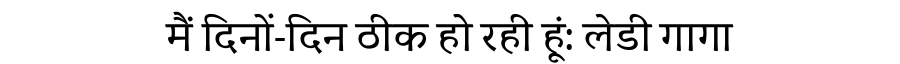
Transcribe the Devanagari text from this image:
मैं दिनों-दिन ठीक हो रही हूं: लेडी गागा